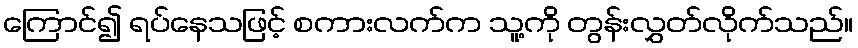
ကြောင်၍ ရပ်နေသဖြင့် စကားလက်က သူ့ကို တွန်းလွှတ်လိုက်သည်။